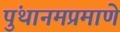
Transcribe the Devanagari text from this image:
पुंथानमप्रमाणे